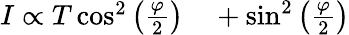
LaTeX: \begin{array}{rl}{I\propto T\cos^{2}\left(\frac{\varphi}{2}\right)}&{{}+\sin^{2}\left(\frac{\varphi}{2}\right)}\end{array}